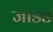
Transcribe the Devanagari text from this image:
जाडड